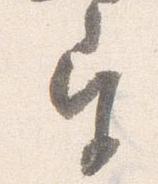
宮